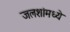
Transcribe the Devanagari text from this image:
जलशांमध्ये